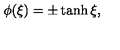
\phi ( \xi ) = \pm \tanh \xi ,